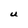
Character: U